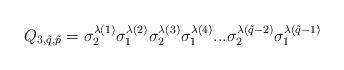
LaTeX: \begin{align*}Q_{3,\tilde{q},\tilde{p}}=\sigma_2^{\lambda(1)}\sigma_1^{\lambda(2)}\sigma_2^{\lambda(3)}\sigma_1^{\lambda(4)}...\sigma_2^{\lambda(\tilde{q}-2)}\sigma_1^{\lambda(\tilde{q}-1)}\end{align*}